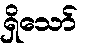
ရှိသော်